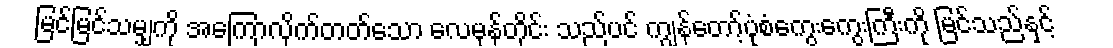
မြင်မြင်သမျှကို အကြောလိုက်တတ်သော လေမုန်တိုင်း သည်ပင် ကျွန်တော့်ပုံစံကွေးကွေးကြီးကို မြင်သည်နှင့်